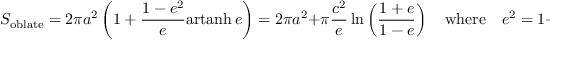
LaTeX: S _ { \mathrm { { o b l a t e } } } = 2 \pi a ^ { 2 } \left( 1 + { \frac { 1 - e ^ { 2 } } { e } } { \mathrm { a r t a n h } } \, e \right) = 2 \pi a ^ { 2 } + \pi { \frac { c ^ { 2 } } { e } } \ln \left( { \frac { 1 + e } { 1 - e } } \right) \quad { \mathrm { w h e r e } } \quad e ^ { 2 } = 1 - { \frac { c ^ { 2 } } { a ^ { 2 } } } .